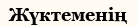
Жүктеменің